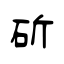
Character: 斫